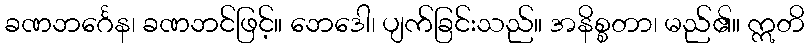
ခဏဘင်္ဂေန၊ ခဏဘင်ဖြင့်။ ဘေဒေါ၊ ပျက်ခြင်းသည်။ အနိစ္စတာ၊ မည်၏။ ဣတိ